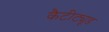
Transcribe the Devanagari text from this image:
कैटीट्यूड